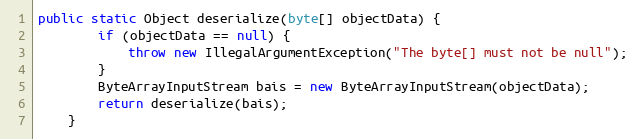
Language: Java
public static Object deserialize(byte[] objectData) {
        if (objectData == null) {
            throw new IllegalArgumentException("The byte[] must not be null");
        }
        ByteArrayInputStream bais = new ByteArrayInputStream(objectData);
        return deserialize(bais);
    }